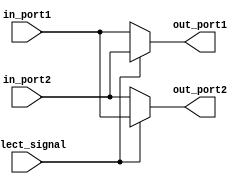
module IO_blocks_bus_switch (
    input wire [7:0] in_port1,
    input wire [7:0] in_port2,
    input wire select_signal,
    output reg [7:0] out_port1,
    output reg [7:0] out_port2
);

always @(*) begin
    if (select_signal == 1'b0) begin
        out_port1 <= in_port1;
        out_port2 <= in_port2;
    end else begin
        out_port1 <= in_port2;
        out_port2 <= in_port1;
    end
end

endmodule